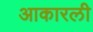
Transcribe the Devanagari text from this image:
आकारली